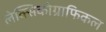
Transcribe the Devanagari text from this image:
लेक्सिकोग्राफिकल